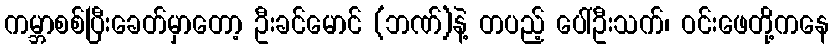
ကမ္ဘာစစ်ပြီးခေတ်မှာတော့ ဦးခင်မောင် (ဘဏ်)နဲ့ တပည့် ပေါ်ဦးသက်၊ ဝင်းဖေတို့ကနေ